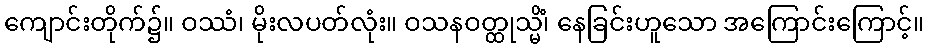
ကျောင်းတိုက်၌။ ဝဿံ၊ မိုးလပတ်လုံး။ ဝသနဝတ္ထုသ္မိံ၊ နေခြင်းဟူသော အကြောင်းကြောင့်။